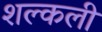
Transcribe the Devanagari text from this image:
शल्कली